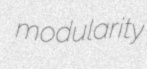
modularity